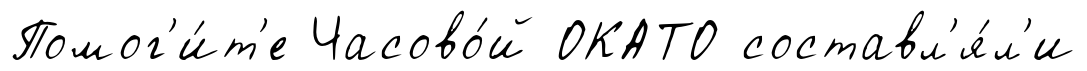
Помог'и́т'е Часово́й ОКАТО составл'я́л'и